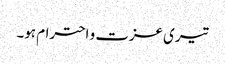
تیری عزت و احترام ہو۔